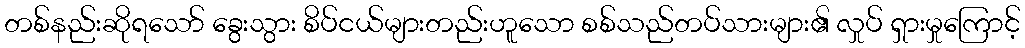
တစ်နည်းဆိုရသော် ခွေးသွား စိပ်ငယ်များတည်းဟူသော စစ်သည်တပ်သားများ၏ လှုပ် ရှားမှုကြောင့်